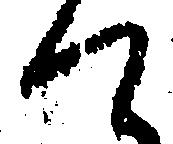
て